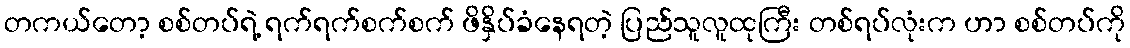
တကယ်တော့ စစ်တပ်ရဲ့ ရက်ရက်စက်စက် ဖိနှိပ်ခံနေရတဲ့ ပြည်သူလူထုကြီး တစ်ရပ်လုံးက ဟာ စစ်တပ်ကို